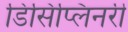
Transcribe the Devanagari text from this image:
डिसिप्लिनरी